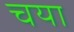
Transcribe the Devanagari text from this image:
चया